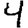
Digit: 4